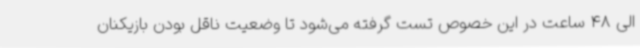
الی 48 ساعت در این خصوص تست گرفته می‌شود تا وضعیت ناقل بودن بازیکنان